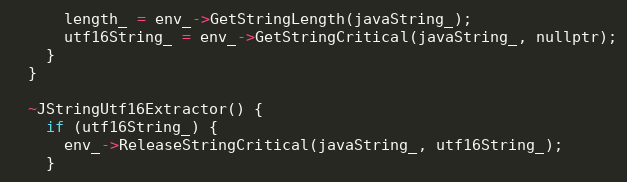
Language: C
      length_ = env_->GetStringLength(javaString_);
      utf16String_ = env_->GetStringCritical(javaString_, nullptr);
    }
  }

  ~JStringUtf16Extractor() {
    if (utf16String_) {
      env_->ReleaseStringCritical(javaString_, utf16String_);
    }